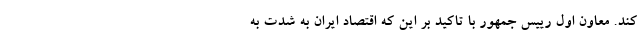
کند. معاون اول رییس جمهور با تاکید بر این که اقتصاد ایران به شدت به